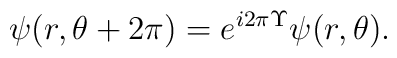
\psi(r,\theta+2\pi)=e^{i2\pi\Upsilon}\psi(r,\theta).